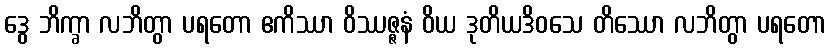
ဒွေ ဘိက္ခာ လဘိတွာ ပရတော ဧကိဿာ ဝိဿဇ္ဇနံ ဝိယ ဒုတိယဒိဝသေ တိဿော လဘိတွာ ပရတော